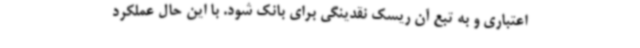
اعتباری و به تبع آن ریسک نقدینگی برای بانک شود. با این حال عملکرد